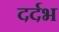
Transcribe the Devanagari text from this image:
दर्दभ